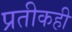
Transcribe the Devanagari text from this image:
प्रतीकही